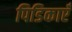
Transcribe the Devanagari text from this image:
पिडिकाएँ